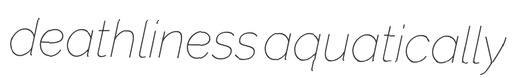
deathliness aquatically